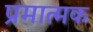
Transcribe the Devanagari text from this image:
प्रमात्मक